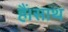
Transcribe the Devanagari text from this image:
हैं।साथ